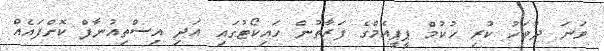
ވަނަ ދުވަހު ކުރި ހުކުމް ޕީޕީއެމްގެ ފަރާތުން ހައިކޯޓުގައި އަދި އިސްތިއުނާފް ކޮށްފައެއް